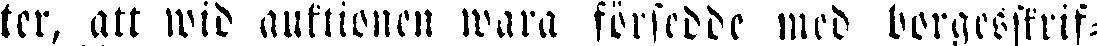
ter, att wid auktionen wara försedde med borgesstrif-